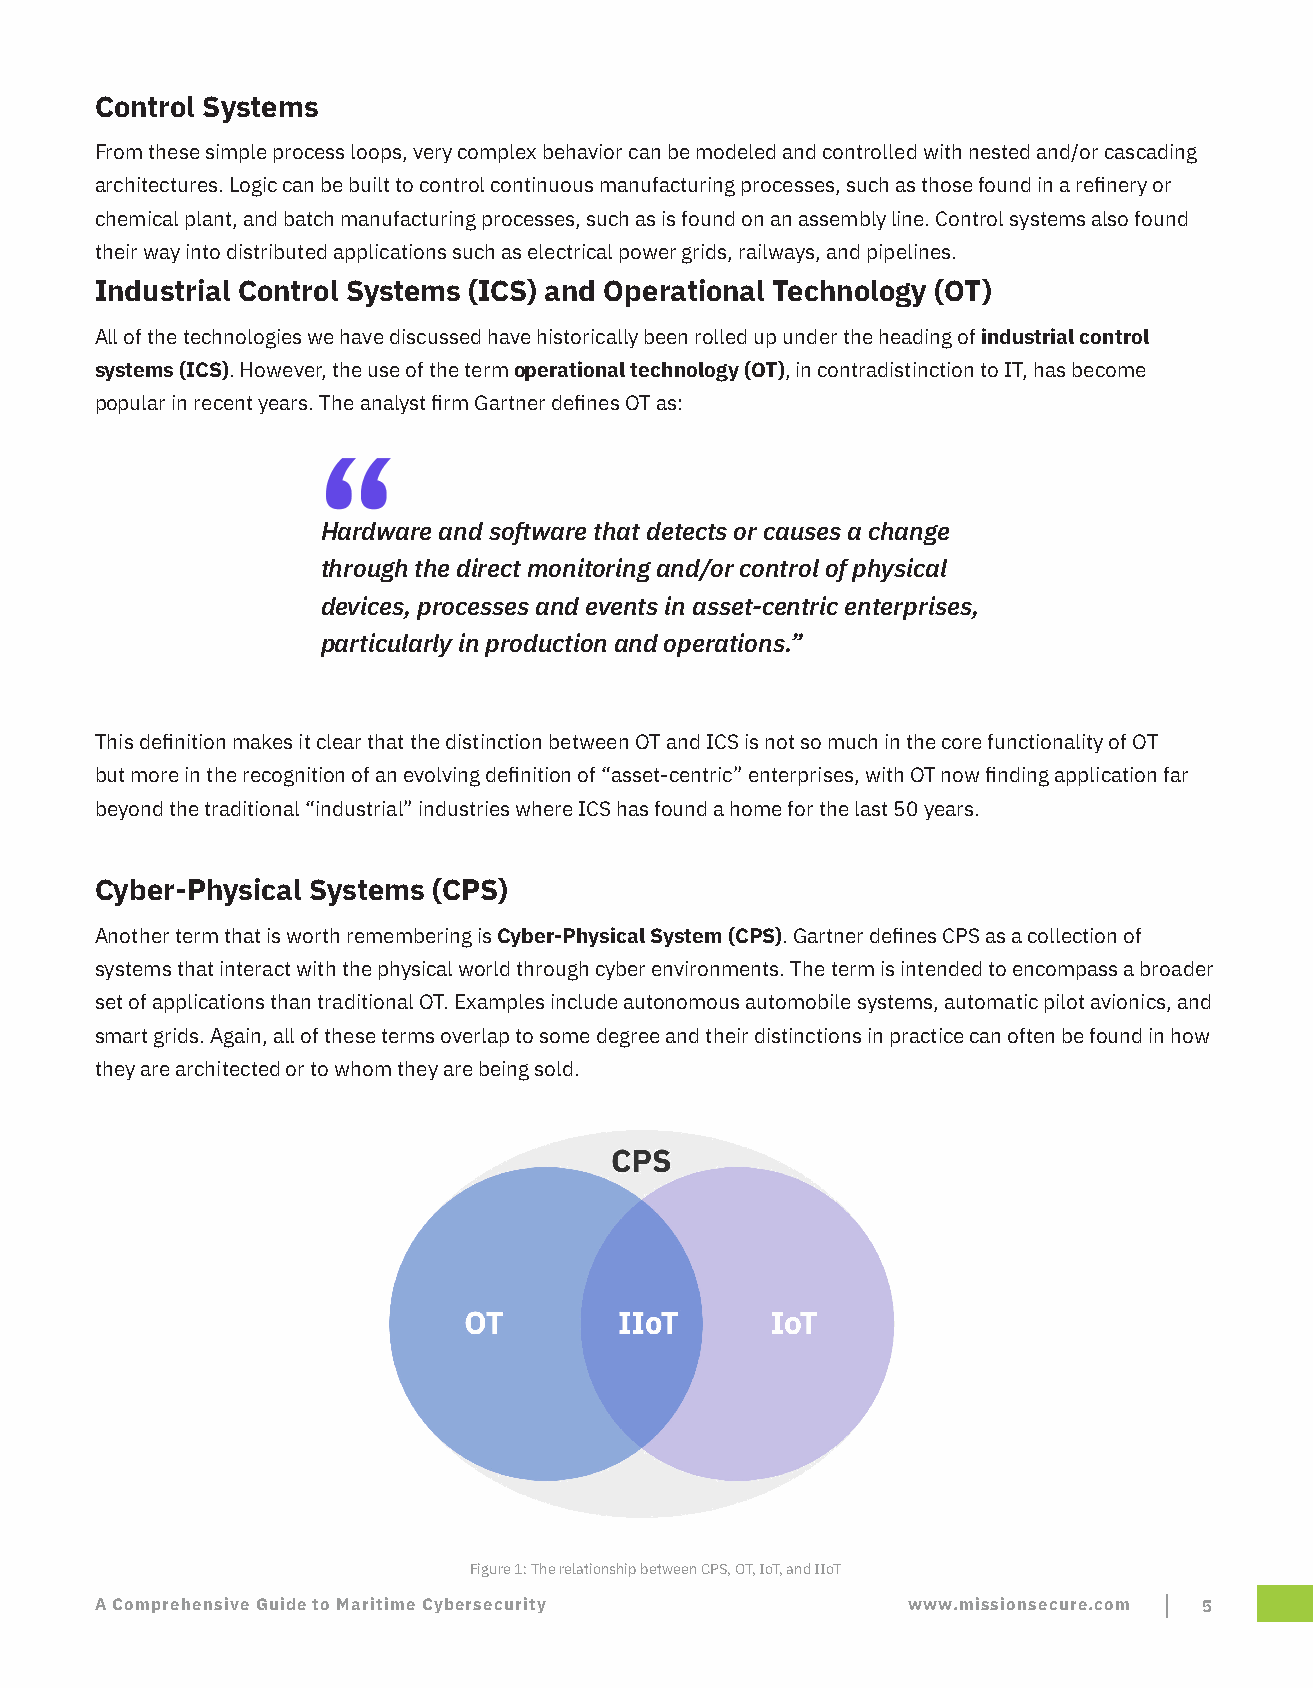
Control Systems
 From these simple process loops, very complex behavior can be modeled and controlled with nested and/or cascading
 architectures. Logic can be built to control continuous manufacturing processes, such as those found in a refinery or
 chemical plant, and batch manufacturing processes, such as is found on an assembly line. Control systems also found
 their way into distributed applications such as electrical power grids, railways, and pipelines.
 Industrial Control Systems (ICS) and Operational Technology (OT)
 All of the technologies we have discussed have historically been rolled up under the heading of industrial control
 systems (ICS). However, the use of the term operational technology (OT), in contradistinction to IT, has become
 popular in recent years. The analyst firm Gartner defines OT as:
 Hardware and software that detects or causes a change
 through the direct monitoring and/or control of physical
 devices, processes and events in asset-centric enterprises,
 particularly in production and operations.”
 This definition makes it clear that the distinction between OT and ICS is not so much in the core functionality of OT
 but more in the recognition of an evolving definition of “asset-centric” enterprises, with OT now finding application far
 beyond the traditional “industrial” industries where ICS has found a home for the last 50 years.
 Cyber-Physical Systems (CPS)
 Another term that is worth remembering is Cyber-Physical System (CPS). Gartner defines CPS as a collection of
 systems that interact with the physical world through cyber environments. The term is intended to encompass a broader
 set of applications than traditional OT. Examples include autonomous automobile systems, automatic pilot avionics, and
 smart grids. Again, all of these terms overlap to some degree and their distinctions in practice can often be found in how
 they are architected or to whom they are being sold.
 Figure 1: The relationship between CPS, OT, IoT, and IIoT
 A Comprehensive Guide to Maritime Cybersecurity       www.missionsecure.com 5